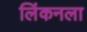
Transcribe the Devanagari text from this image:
लिंकनला